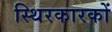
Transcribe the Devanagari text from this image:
स्थिरकारकों